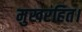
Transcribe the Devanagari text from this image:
मुखरहित।